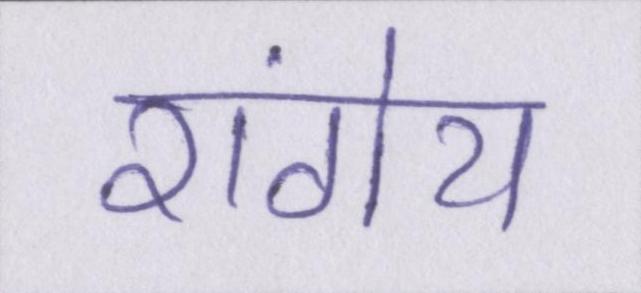
रांगेय